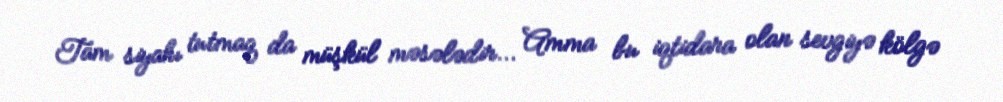
Tam siyahı tutmaq da müşkül məsələdir... Amma bu iqtidara olan sevgiyə kölgə